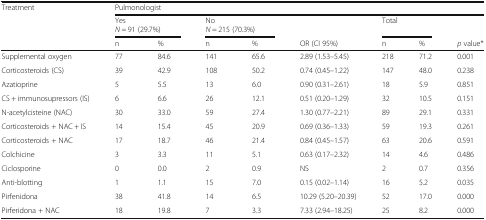
<table><thead><tr><td><b>Treatment</b></td><td colspan="8"><b>Pulmonologist</b></td></tr><tr><td></td><td colspan="2"><b>Yes<i>N</i> = 91 (29.7%)</b></td><td colspan="2"><b>No<i>N</i> = 215 (70.3%)</b></td><td></td><td colspan="2"><b>Total</b></td><td></td></tr><tr><td></td><td><b>n</b></td><td><b>%</b></td><td><b>n</b></td><td><b>%</b></td><td><b>OR (CI 95%)</b></td><td><b>n</b></td><td><b>%</b></td><td><b><i>p</i> value*</b></td></tr></thead><tbody><tr><td>Supplemental oxygen</td><td>77</td><td>84.6</td><td>141</td><td>65.6</td><td>2.89 (1.53–5.45)</td><td>218</td><td>71.2</td><td>0.001</td></tr><tr><td>Corticosteroids (CS)</td><td>39</td><td>42.9</td><td>108</td><td>50.2</td><td>0.74 (0.45–1.22)</td><td>147</td><td>48.0</td><td>0.238</td></tr><tr><td>Azatioprine</td><td>5</td><td>5.5</td><td>13</td><td>6.0</td><td>0.90 (0.31–2.61)</td><td>18</td><td>5.9</td><td>0.851</td></tr><tr><td>CS + immunosupressors (IS)</td><td>6</td><td>6.6</td><td>26</td><td>12.1</td><td>0.51 (0.20–1.29)</td><td>32</td><td>10.5</td><td>0.151</td></tr><tr><td>N-acetylcisteine (NAC)</td><td>30</td><td>33.0</td><td>59</td><td>27.4</td><td>1.30 (0.77–2.21)</td><td>89</td><td>29.1</td><td>0.331</td></tr><tr><td>Corticosteroids + NAC + IS</td><td>14</td><td>15.4</td><td>45</td><td>20.9</td><td>0.69 (0.36–1.33)</td><td>59</td><td>19.3</td><td>0.261</td></tr><tr><td>Corticosteroids + NAC</td><td>17</td><td>18.7</td><td>46</td><td>21.4</td><td>0.84 (0.45–1.57)</td><td>63</td><td>20.6</td><td>0.591</td></tr><tr><td>Colchicine</td><td>3</td><td>3.3</td><td>11</td><td>5.1</td><td>0.63 (0.17–2.32)</td><td>14</td><td>4.6</td><td>0.486</td></tr><tr><td>Ciclosporine</td><td>0</td><td>0.0</td><td>2</td><td>0.9</td><td>NS</td><td>2</td><td>0.7</td><td>0.356</td></tr><tr><td>Anti-blotting</td><td>1</td><td>1.1</td><td>15</td><td>7.0</td><td>0.15 (0.02–1.14)</td><td>16</td><td>5.2</td><td>0.035</td></tr><tr><td>Pirfenidona</td><td>38</td><td>41.8</td><td>14</td><td>6.5</td><td>10.29 (5.20–20.39)</td><td>52</td><td>17.0</td><td>0.000</td></tr><tr><td>Pirferidona + NAC</td><td>18</td><td>19.8</td><td>7</td><td>3.3</td><td>7.33 (2.94–18.25)</td><td>25</td><td>8.2</td><td>0.000</td></tr></tbody></table>